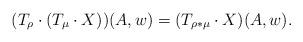
LaTeX: \begin{align*}(T_{\rho}\cdot(T_{\mu}\cdot X))(A,w)=(T_{\rho\ast\mu}\cdot X)(A,w).\end{align*}